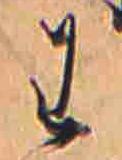
わ